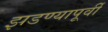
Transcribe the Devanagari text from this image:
झडण्यापूर्वी